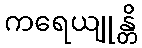
ကရေယျုန္တိ